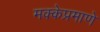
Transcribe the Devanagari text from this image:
मक्केप्रमाणे